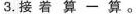
3. 接着算一算。